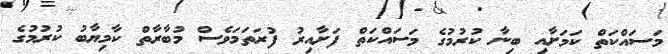
މަސައްކަތް ކަމަށާއި ބިނާ ކުރުމުގެ މަސައްކަތް ފަށާއިރު ފުރަތަމަވެސް މުބާރާތް ކާމިޔާބު ކުރުމުގެ